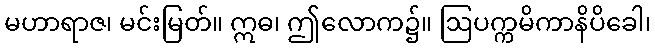
မဟာရာဇ၊ မင်းမြတ်။ ဣဓ၊ ဤလောက၌။ ဩပက္ကမိကာနိပိခေါ၊